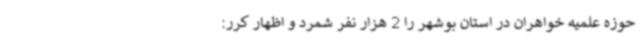
حوزه علمیه خواهران در استان بوشهر را 2 هزار نفر شمرد و اظهار کرر: